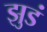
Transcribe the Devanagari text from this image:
झुडं